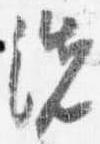
洗